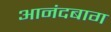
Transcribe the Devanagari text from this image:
आनंदबाग